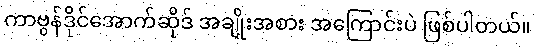
ကာဗွန်ဒိုင်အောက်ဆိုဒ် အချိုးအစား အကြောင်းပဲ ဖြစ်ပါတယ်။